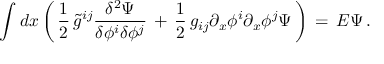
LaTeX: \int d x \left( \, { \frac { 1 } { 2 } } \, \tilde { g } ^ { i j } { \frac { \delta ^ { 2 } \Psi } { \delta \phi ^ { i } \delta \phi ^ { j } } } \, + \, { \frac { 1 } { 2 } } \, g _ { i j } \partial _ { x } \phi ^ { i } \partial _ { x } \phi ^ { j } \Psi \, \right) \, = \, E \Psi \, .